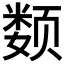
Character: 𲋀